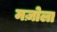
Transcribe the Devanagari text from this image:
मज़ोला